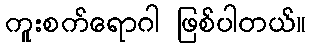
ကူးစက်ရောဂါ ဖြစ်ပါတယ်။